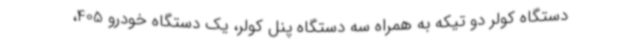
دستگاه کولر دو تیکه به همراه سه دستگاه پنل کولر، یک دستگاه خودرو 405،